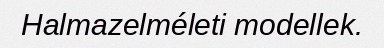
Halmazelméleti modellek.